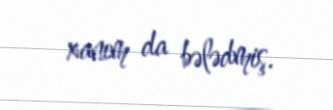
xanım da bələdmiş.